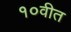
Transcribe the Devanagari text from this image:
१०वीत